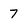
Character: 7